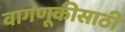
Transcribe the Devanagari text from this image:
वागणूकीसाठी